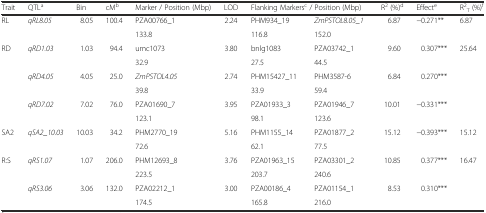
<table><thead><tr><td><b>Trait</b></td><td><b>QTL<sup>a</sup></b></td><td><b>Bin</b></td><td><b>cM<sup>b</sup></b></td><td><b>Marker / Position (Mbp)</b></td><td><b>LOD</b></td><td colspan="2"><b>Flanking Markers<sup>c</sup> / Position (Mbp)</b></td><td><b>R<sup>2</sup> (%)<sup>d</sup></b></td><td><b>Effect<sup>e</sup></b></td><td><b>R<sup>2</sup><sub>T</sub> (%)<sup>f</sup></b></td></tr></thead><tbody><tr><td>RL</td><td><i>qRL8.05</i></td><td>8.05</td><td>100.4</td><td>PZA00766_1</td><td>2.24</td><td>PHM934_19</td><td><i>ZmPSTOL8.05_1</i></td><td>6.87</td><td>−0.271**</td><td>6.87</td></tr><tr><td></td><td></td><td></td><td></td><td>133.8</td><td></td><td>116.8</td><td>152.0</td><td></td><td></td><td></td></tr><tr><td>RD</td><td><i>qRD1.03</i></td><td>1.03</td><td>94.4</td><td>umc1073</td><td>3.80</td><td>bnlg1083</td><td>PZA03742_1</td><td>9.60</td><td>0.307***</td><td>25.64</td></tr><tr><td></td><td></td><td></td><td></td><td>32.9</td><td></td><td>27.5</td><td>44.5</td><td></td><td></td><td></td></tr><tr><td></td><td><i>qRD4.05</i></td><td>4.05</td><td>25.0</td><td><i>ZmPSTOL4.05</i></td><td>2.74</td><td>PHM15427_11</td><td>PHM3587-6</td><td>6.84</td><td>0.270***</td><td></td></tr><tr><td></td><td></td><td></td><td></td><td>39.8</td><td></td><td>33.9</td><td>59.4</td><td></td><td></td><td></td></tr><tr><td></td><td><i>qRD7.02</i></td><td>7.02</td><td>76.0</td><td>PZA01690_7</td><td>3.95</td><td>PZA01933_3</td><td>PZA01946_7</td><td>10.01</td><td>−0.331***</td><td></td></tr><tr><td></td><td></td><td></td><td></td><td>123.1</td><td></td><td>98.1</td><td>123.6</td><td></td><td></td><td></td></tr><tr><td>SA2</td><td><i>qSA2_10.03</i></td><td>10.03</td><td>34.2</td><td>PHM2770_19</td><td>5.16</td><td>PHM1155_14</td><td>PZA01877_2</td><td>15.12</td><td>−0.393***</td><td>15.12</td></tr><tr><td></td><td></td><td></td><td></td><td>72.6</td><td></td><td>62.1</td><td>77.5</td><td></td><td></td><td></td></tr><tr><td>R:S</td><td><i>qRS1.07</i></td><td>1.07</td><td>206.0</td><td>PHM12693_8</td><td>3.76</td><td>PZA01963_15</td><td>PZA03301_2</td><td>10.85</td><td>0.377***</td><td>16.47</td></tr><tr><td></td><td></td><td></td><td></td><td>223.5</td><td></td><td>203.7</td><td>240.6</td><td></td><td></td><td></td></tr><tr><td></td><td><i>qRS3.06</i></td><td>3.06</td><td>132.0</td><td>PZA02212_1</td><td>3.00</td><td>PZA00186_4</td><td>PZA01154_1</td><td>8.53</td><td>0.310***</td><td></td></tr><tr><td></td><td></td><td></td><td></td><td>174.5</td><td></td><td>165.8</td><td>216.0</td><td></td><td></td><td></td></tr></tbody></table>